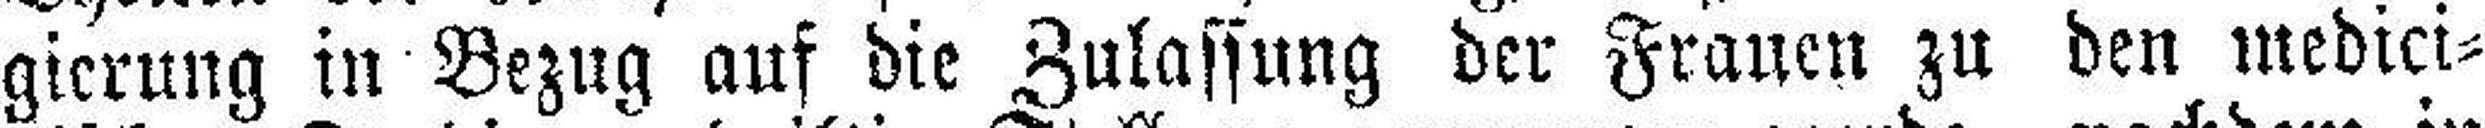
gierung in Bezug auf die Zulassung der Frauen zu den medici¬